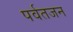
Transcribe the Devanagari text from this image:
पर्वतजन